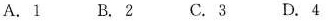
A.1 B.2 C.3 D.4